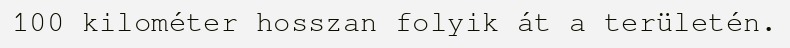
100 kilométer hosszan folyik át a területén.